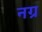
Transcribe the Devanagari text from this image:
नग्र